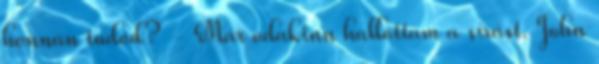
honnan tudod? - Már odakinn hallottam a sírást. John